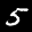
Label: 5